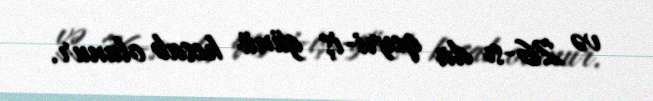
və 26-sı da qeyri-iş günü hesab olunur.